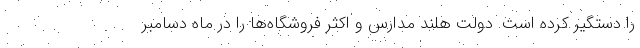
را دستگیر کرده است. دولت هلند مدارس و اکثر فروشگاه‌ها را در ماه دسامبر